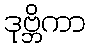
ဒုဗ္ဘိကာ